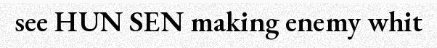
see HUN SEN making enemy whit